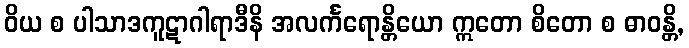
ဝိယ စ ပါသာဒကူဋာဂါရာဒီနိ အလင်္ကရောန္တိယော ဣတော စိတော စ ဓာဝန္တိ,